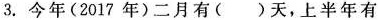
3.今年（2017年）二月有()天，上半年有